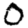
Digit: 0